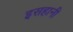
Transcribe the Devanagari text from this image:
इसहानी